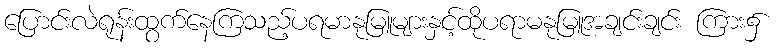
ပြောင်းလဲရုန်းထွက်နေကြသည့်ပရမာနုမြူများနှင့်ထိုပရာမနုမြူအချင်းချင်း ကြား၌